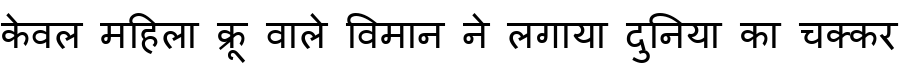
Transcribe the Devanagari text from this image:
केवल महिला क्रू वाले विमान ने लगाया दुनिया का चक्कर